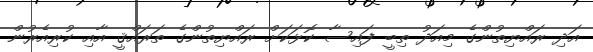
އަދި ރައްޔިތުންގެ މިއަދު ތިބީ ފައިސާ ކޮޅަކަށް ރައްޔިތުންގެ ތަރައްޤީ އާއި ކުރިއެރުން